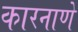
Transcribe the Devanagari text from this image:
कारनाणे